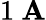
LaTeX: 1\ \mathbf{A}